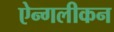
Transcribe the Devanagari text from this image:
ऐन्गलीकन